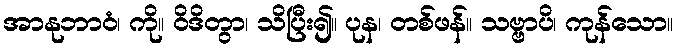
အာနုဘာဝံ၊ ကို။ ဝိဒိတွာ၊ သိပြီး၍။ ပုန၊ တစ်ဖန်။ သဗ္ဗာပိ၊ ကုန်သော။